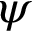
\psi